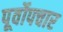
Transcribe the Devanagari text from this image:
पूर्वोपचार